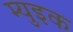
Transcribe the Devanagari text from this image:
म्युइक